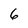
Character: 6